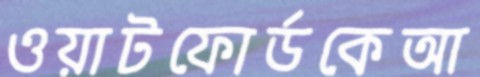
ওয়াটফোর্ডকেআ